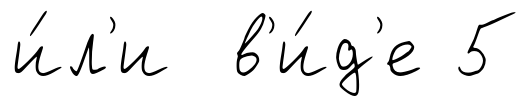
и́л'и в'и́д'е 5